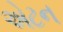
એટન